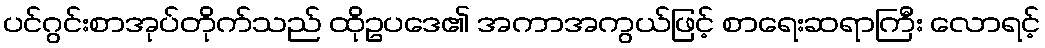
ပင်ဂွင်းစာအုပ်တိုက်သည် ထိုဥပဒေ၏ အကာအကွယ်ဖြင့် စာရေးဆရာကြီး လောရင့်